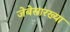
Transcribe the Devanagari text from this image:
जेबेसारख्या